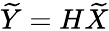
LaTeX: \widetilde{Y}=H\widetilde{X}